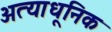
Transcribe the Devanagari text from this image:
अत्याधूनिक